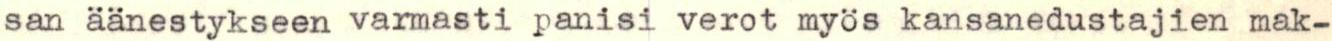
san äänestykseen varmasti panisi verot myös kansanedustajien mak-